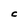
Character: C